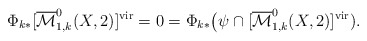
\begin{align*}\Phi_{k*}[\overline{\mathcal{M}}^0_{1,k}(X,2)]^{\mathrm{vir}}=0=\Phi_{k*}\big(\psi\cap [\overline{\mathcal{M}}^0_{1,k}(X,2)]^{\mathrm{vir}}).\end{align*}